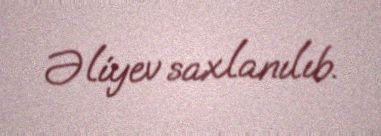
Əliyev saxlanılıb.